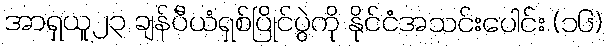
အာရှယူ၂၃ ချန်ပီယံရှစ်ပြိုင်ပွဲကို နိုင်ငံအသင်းပေါင်း (၁၆)